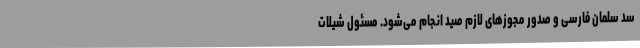
سد سلمان فارسی و صدور مجوزهای لازم صید انجام می‌شود. مسئول شیلات